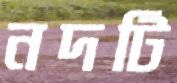
নদটি